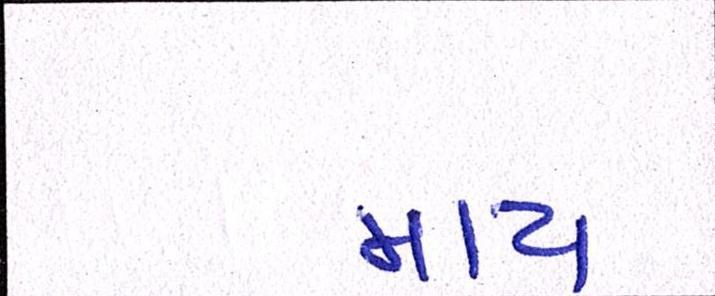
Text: માય